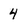
Character: 4